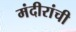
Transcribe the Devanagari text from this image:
मंदीरांची